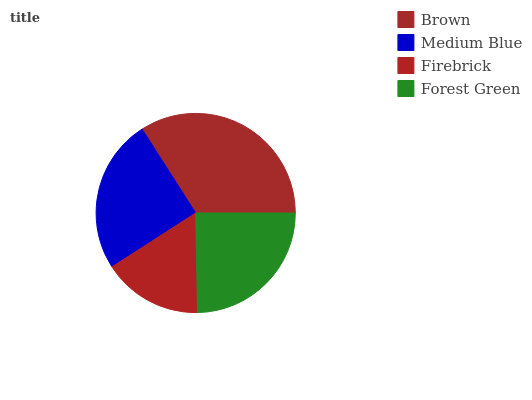
| Brown | Medium Blue | Firebrick | Forest Green |
 | --- | --- | --- | --- |
 | 34.1% | 25% | 16.2% | 24.7% |